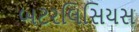
બટરલિસિયસ